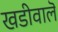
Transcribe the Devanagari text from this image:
खडीवालॆ